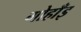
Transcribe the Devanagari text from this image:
गोहाँइ